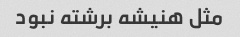
مثل هنیشه برشته نبود